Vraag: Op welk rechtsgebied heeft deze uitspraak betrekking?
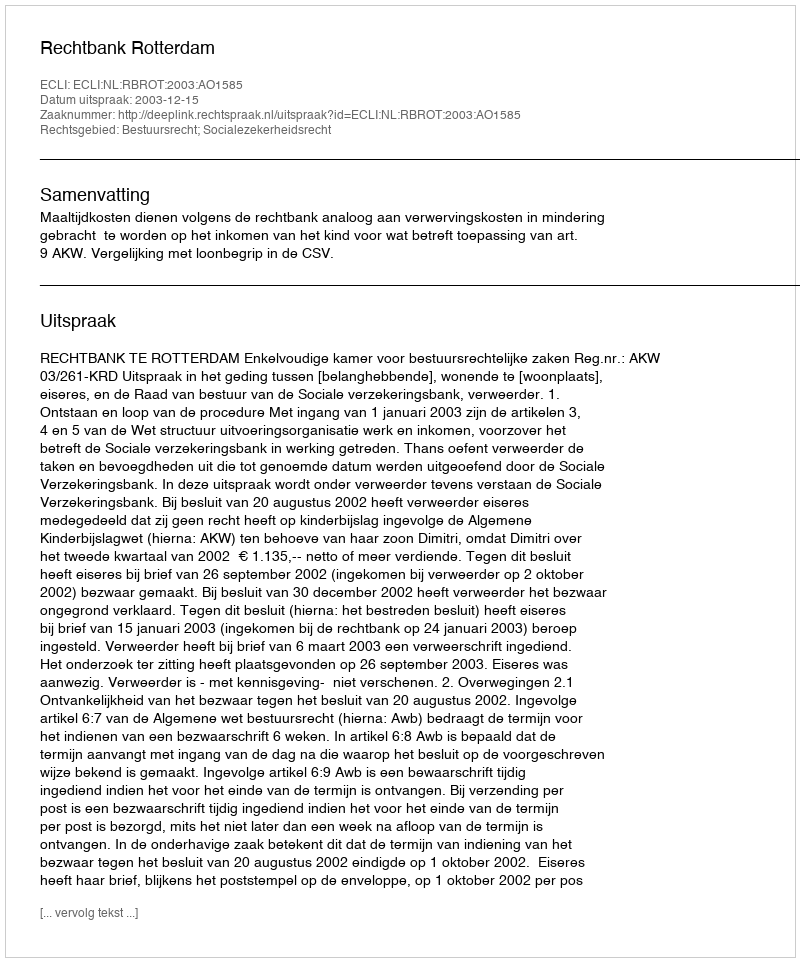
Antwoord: Bestuursrecht; Socialezekerheidsrecht